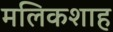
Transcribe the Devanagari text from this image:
मलिकशाह